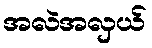
အလဲအလှယ်